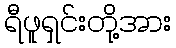
ရီဖူရှင်းတို့အား